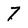
Character: 7